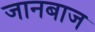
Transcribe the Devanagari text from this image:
जानबाज